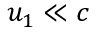
u _ { 1 } \ll c